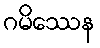
ဂမိဿေန